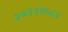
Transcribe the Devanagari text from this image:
२४२२७५८४